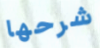
شرحها